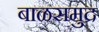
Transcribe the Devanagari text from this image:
बाळसमुद्र